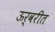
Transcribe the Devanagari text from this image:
ऊर्वरीत